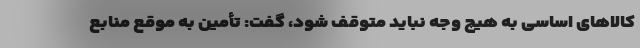
کالاهای اساسی به هیچ وجه نباید متوقف شود، گفت: تأمین به موقع منابع